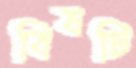
বিষটি